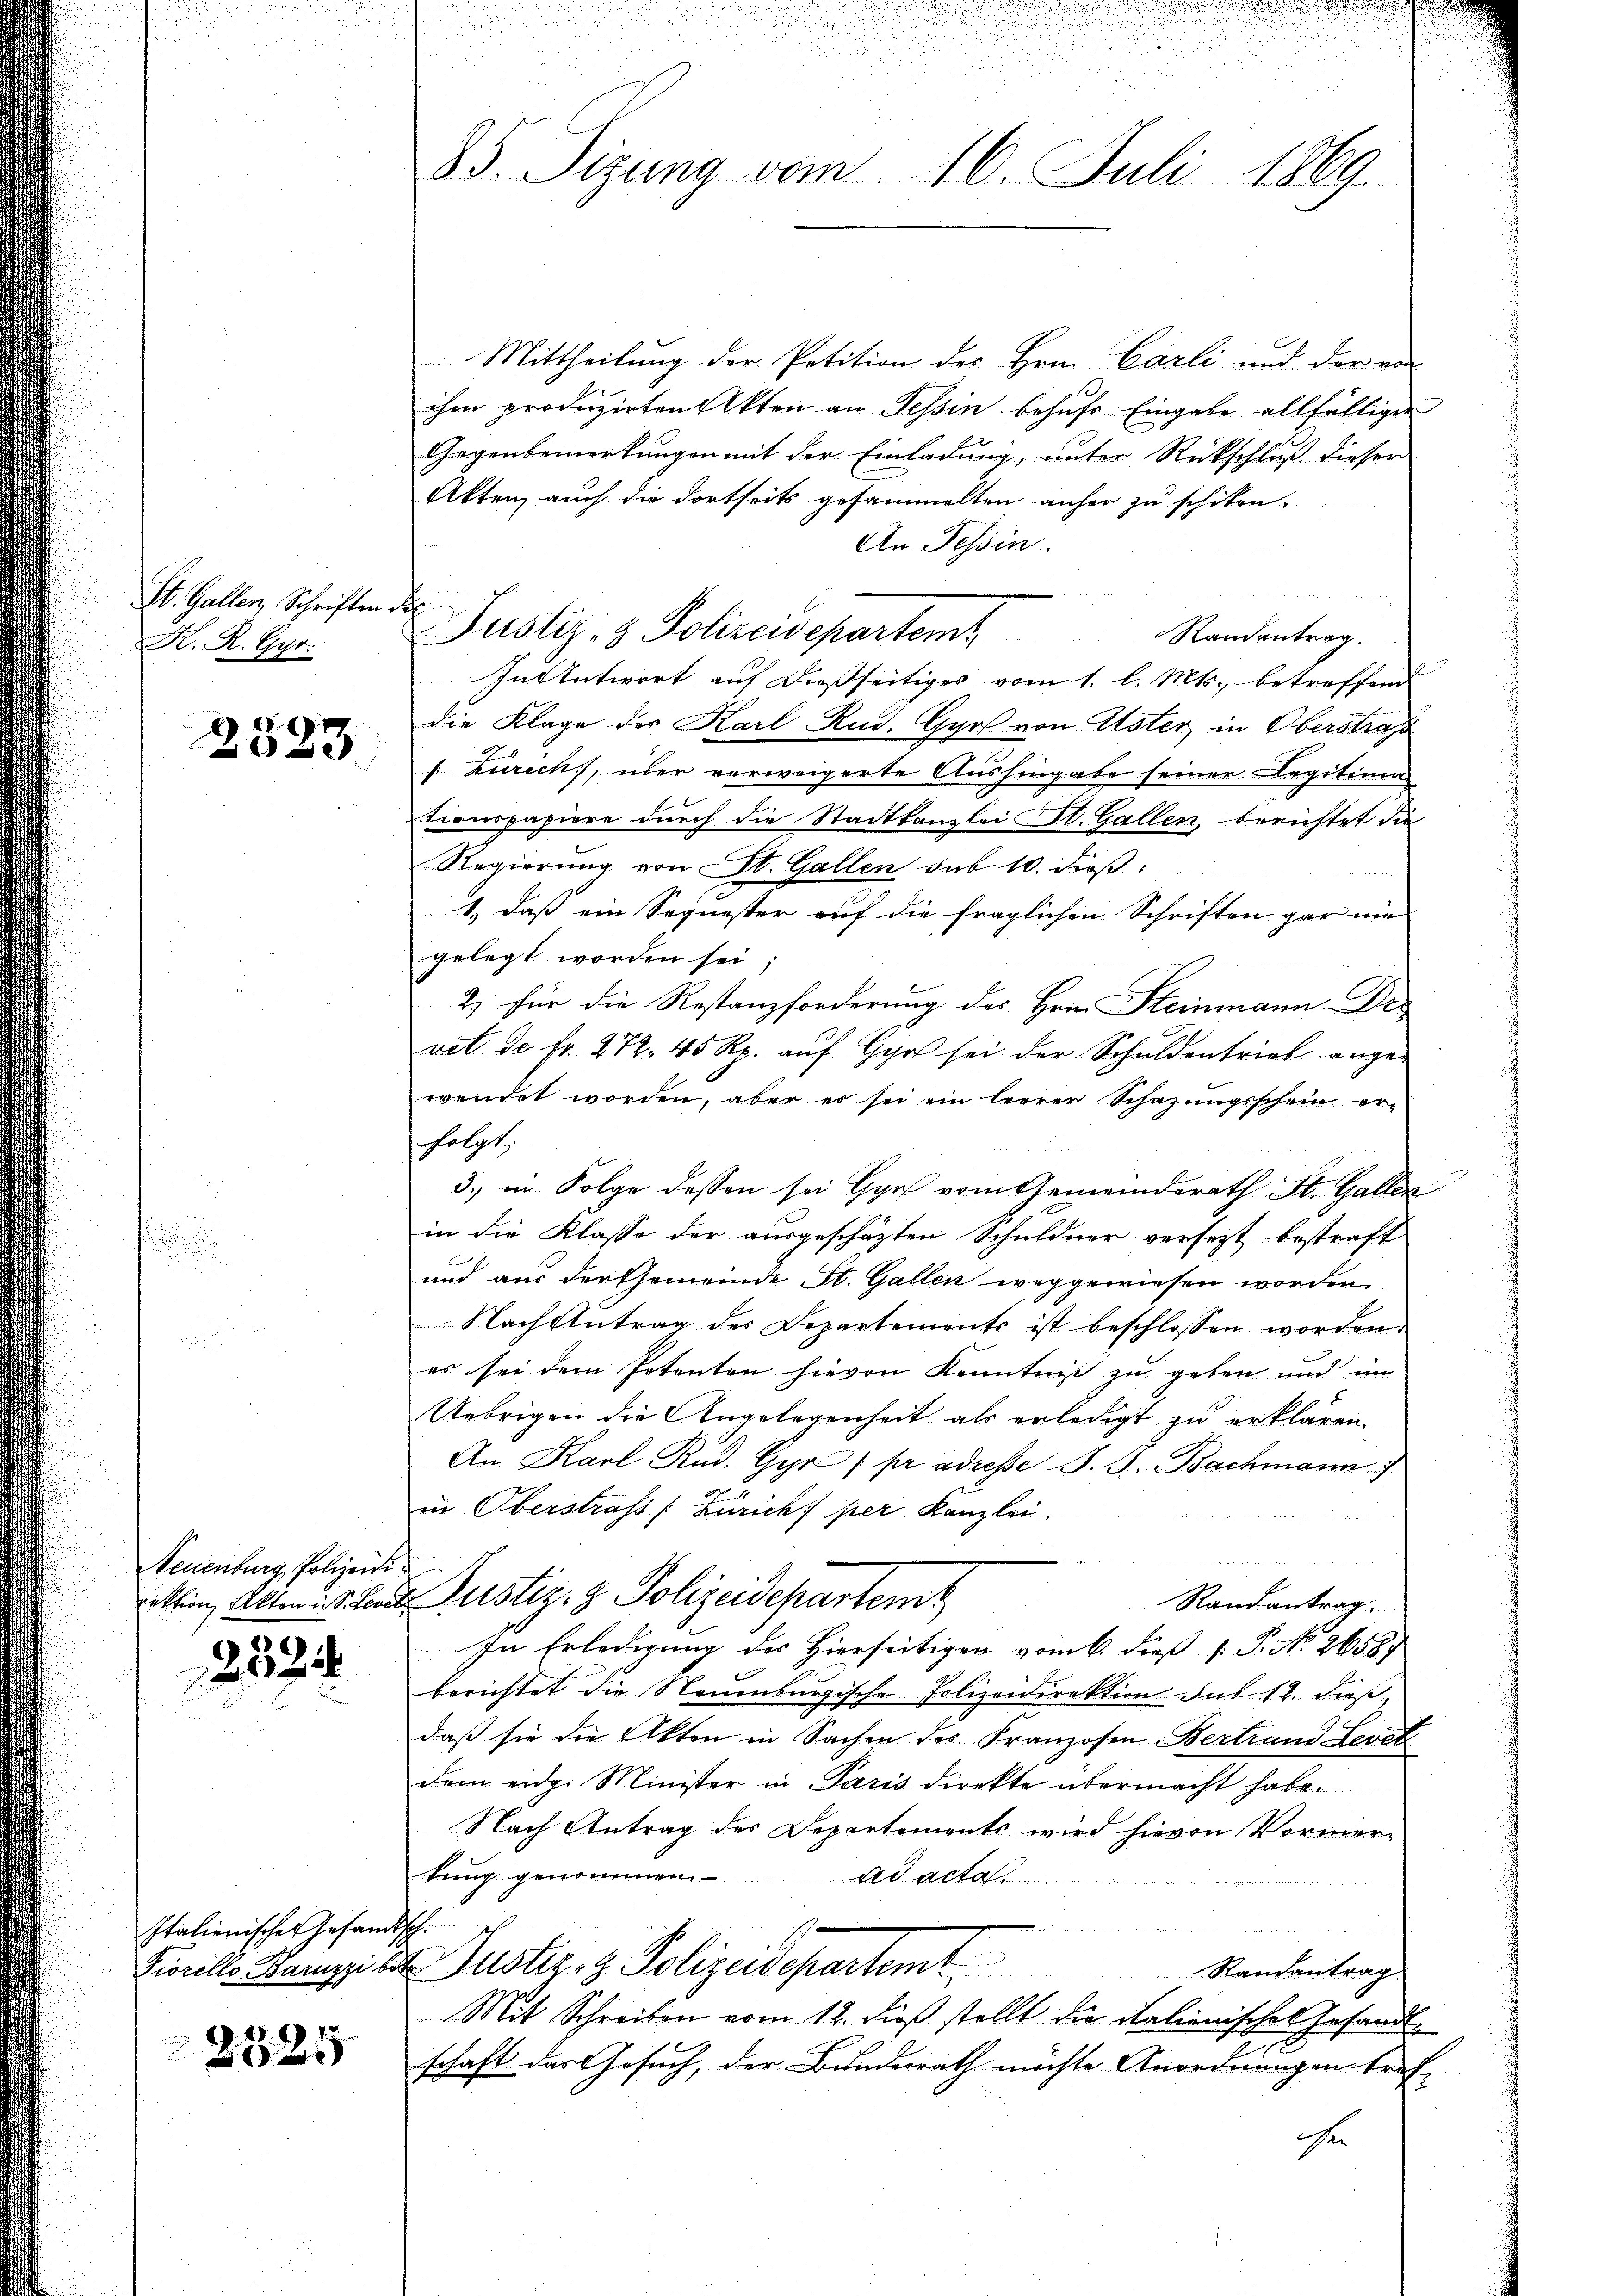
St. Gallen, Schriften die
K. R. Gyr.

2533

Neuenburg, Polizeidi

2524

Italienisches Gesan
Fiorello Baruzzi b

2525

85. Sizung vom 16. Juli 1869.

Mittheilung der Petition des Hrn. Carli und der von
ihm produzirten Akten an Tessin behufs Eingabe allfälliger
Gegenbemerkŭngen mit der Einladŭng ŭnter Rückschlŭβ dieser
Akten, auch die dortseits gesammelten anher zu schikon-
An Tessin.
Justiz- & Polizeisepartemt
Randantrag.
In Antwort auf dießseitiges vom 1. l. Mts., betreffend
die Klage der Karl Rud. Gyrs von Uster in Oberstraß
Zürich, über verweigerte Aushingabe seiner Legitima
tionspapiere durch die Stadtkanzlei St. Gallen, berichtet die
Regierung von St. Gallen sub 10. dieß:
1.) daß ein Sequester auf die fraglichen Schriften gar nie
gelegt worden sei
2) für die Restanzforderung des Hrn. Steinmann Dr.
vet de fr. 272. 45 Rp. aŭf Gyr sei der Schuldentrieb ange-
wendet worden, aber es sei ein leerer Schazungsschein er-
folgt.
3.) in Folge dessen sei Gyrs vom Gemeinderath St. Gallen
in die Klasse der ausgeschäzten Schuldner versezt bestraft
und aus der Gemeinde St. Gallen weggewiesen worden.
Nach Antrag der Departements ist beschlossen worden.
es sei dem Petenten hievon Kenntnis zu geben und im
Uebrigen die Angelegenheit als erledigt zu erklären.
An Karl Rud. Gyr / pr adresse S. S. Bachmann
in Oberstrafs (Zürich per Kanzlei.
Aklin, Akten ist. La Justiz- & Polizeidepartem
Randantrag.
In Erledigung des Hierseitigen vom 6. dieß P. P. No 26587
berichtet die Neuenburgische Polizeidirektion sub 12. dieß
daß sie die Akten in Sachen des Franzosen Bertrand Levet
dem eidge Minister in Paris direkte übermacht habe.
Nach Antrag des Departements wird hievon Vormer-
tung genommen.
ad acta
 u
de Justiz- & Polizeisepartemt.
Randantrag.
Mit Schreiben vom 12. dieß stellt die italienisches Gesandtschaft das Gesuch, der Bundesrath möchte Anordnungen tref-
che

u